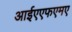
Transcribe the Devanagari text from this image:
आईएएफएमए